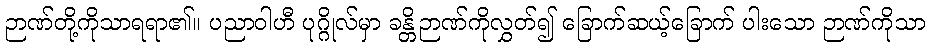
ဉာဏ်တို့ကိုသာရရာ၏။ ပညာဝါဟီ ပုဂ္ဂိုလ်မှာ ခန္တိဉာဏ်ကိုလွှတ်၍ ခြောက်ဆယ့်ခြောက် ပါးသော ဉာဏ်ကိုသာ